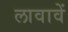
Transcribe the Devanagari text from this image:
लावावें